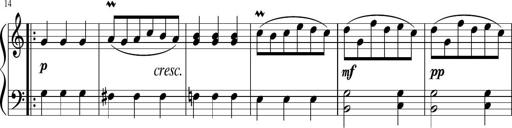
Title: 12 Keyboard Sonatinas
Composer: James Hook